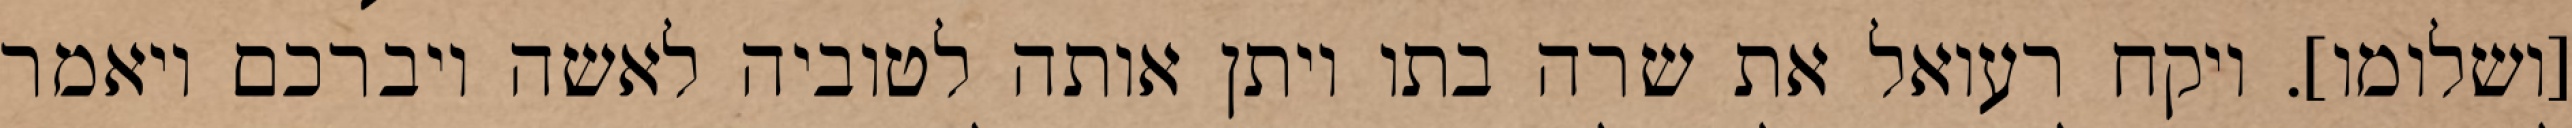
[ושלומו]. ויקח רעואל את שרה בתו ויתן אותה לטוביה לאשה ויברכם ויאמר